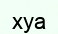
хуа